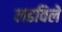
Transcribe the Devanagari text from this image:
लढविले